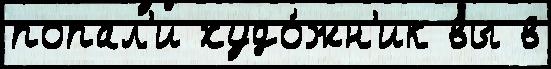
попал'и худо́жн'ик вы в